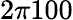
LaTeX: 2\pi 100